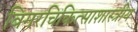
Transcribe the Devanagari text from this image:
बिगरचिकित्साशास्त्रीय